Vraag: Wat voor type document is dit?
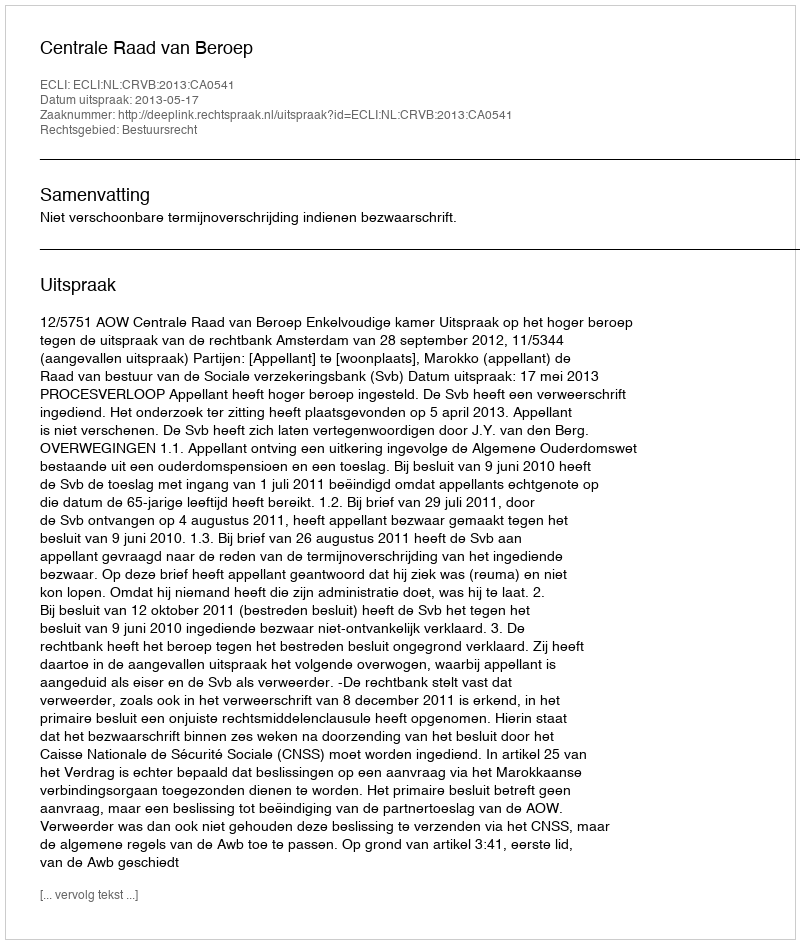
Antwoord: Uitspraak